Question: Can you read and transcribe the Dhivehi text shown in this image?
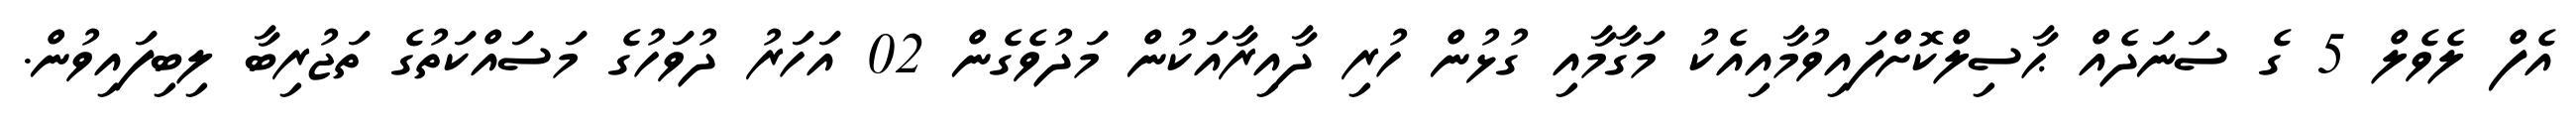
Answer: އެފް ލެވެލް 5 ގެ ސަނަދެއް ޙާސިލްކޮށްފައިވުމާއިއެކު މަގާމާއި ގުޅުން ހުރި ދާއިރާއަކުން މަދުވެގެން 02 އަހަރު ދުވަހުގެ މަސައްކަތުގެ ތަޖުރިބާ ލިބިފައިވުން.